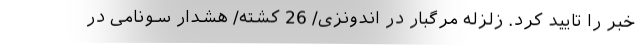
خبر را تایید کرد. زلزله مرگبار در اندونزی/ 26 کشته/ هشدار سونامی در